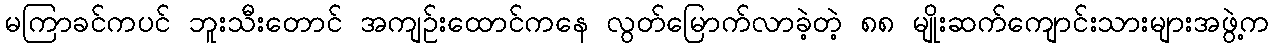
မကြာခင်ကပင် ဘူးသီးတောင် အကျဉ်းထောင်ကနေ လွတ်မြောက်လာခဲ့တဲ့ ၈၈ မျိုးဆက်ကျောင်းသားများအဖွဲ့က